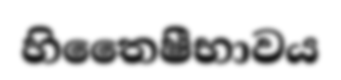
හිතෛෂීභාවය